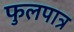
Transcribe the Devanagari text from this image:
फुलपात्र